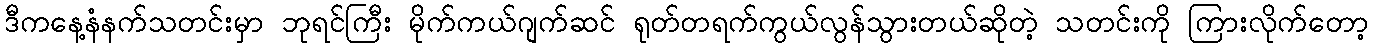
ဒီကနေ့နံနက်သတင်းမှာ ဘုရင်ကြီး မိုက်ကယ်ဂျက်ဆင် ရုတ်တရက်ကွယ်လွန်သွားတယ်ဆိုတဲ့ သတင်းကို ကြားလိုက်တော့